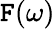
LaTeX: \mathtt{F}(\omega)